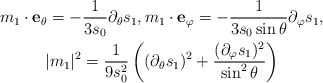
\begin{gather*}m_1\cdot \mathbf{e_\theta} = -\frac{1}{3s_0}\partial_\theta s_1, m_1\cdot \mathbf{e_\varphi} = -\frac{1}{3s_0\sin\theta}\partial_\varphi s_1, \\|m_1|^2 = \frac{1}{9 s_0^2}\left( (\partial_\theta s_1)^2 + \frac{(\partial_\varphi s_1)^2}{\sin^2\theta}\right)\end{gather*}